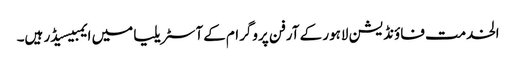
الخدمت فاؤنڈیشن لاہور کے آرفن پروگرام کےآسٹریلیا میں ایمبیسیڈر ہیں۔